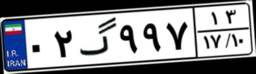
۰۳گ۱۹۳۱۱